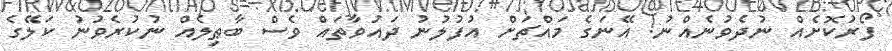
ފޯރުކޮށެއް ނުދެވުނެއްނު! އޭނަގެ މައްޗަށް އުފުލުނު ދައުވާތައް ވެސް ބާޠިލެއް ނުކުރެވުނު ކަލޭގެ